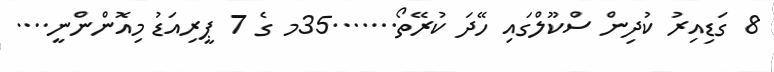
8 ގަޑިއިރު ކުދިން ސްކޫލްގައި ހޭދަ ކުރޭތޯ.......35މ ގެ 7 ޕީރިއަޑު މިއޮންންނީ....